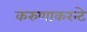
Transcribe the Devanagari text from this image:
करुणाकरन्टे